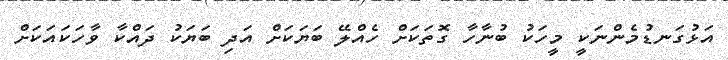
އަޅުގަނޑުމެންނަކީ މީހަކު ބުނާހާ ގޮތަކަށް ހެއްލޭ ބަޔަކަށް އަދި ބަޔަކު ދައްކާ ވާހަކައަކަށް